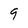
Character: 9